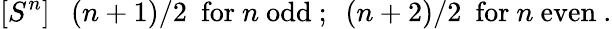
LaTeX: [S^{n}]~~~(n+1)/2~~\mathrm{for}~n~\mathrm{odd}~;~~(n+2)/2~~\mathrm{for}{}~n~\mathrm{even}~.